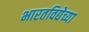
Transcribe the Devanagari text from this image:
भारतविद्येच्या